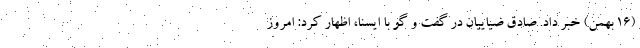
(۱۶ بهمن) خبر داد. صادق ضیاییان در گفت و گو با ایسنا، اظهار کرد: امروز